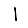
Digit: 1